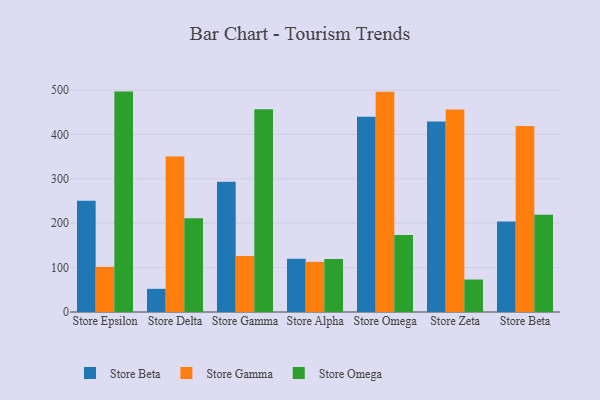
{"axis": {"x": "Store", "y": "Satisfaction Score"}, "legend": ["Store Beta", "Store Gamma", "Store Omega"], "data": [{"x": "Store Epsilon", "y": 250.5, "type": "Store Beta"}, {"x": "Store Epsilon", "y": 101.7, "type": "Store Gamma"}, {"x": "Store Epsilon", "y": 496.4, "type": "Store Omega"}, {"x": "Store Delta", "y": 52.2, "type": "Store Beta"}, {"x": "Store Delta", "y": 350.3, "type": "Store Gamma"}, {"x": "Store Delta", "y": 211.2, "type": "Store Omega"}, {"x": "Store Gamma", "y": 293.1, "type": "Store Beta"}, {"x": "Store Gamma", "y": 125.9, "type": "Store Gamma"}, {"x": "Store Gamma", "y": 456.4, "type": "Store Omega"}, {"x": "Store Alpha", "y": 120.2, "type": "Store Beta"}, {"x": "Store Alpha", "y": 113.0, "type": "Store Gamma"}, {"x": "Store Alpha", "y": 119.5, "type": "Store Omega"}, {"x": "Store Omega", "y": 439.8, "type": "Store Beta"}, {"x": "Store Omega", "y": 496.1, "type": "Store Gamma"}, {"x": "Store Omega", "y": 173.4, "type": "Store Omega"}, {"x": "Store Zeta", "y": 429.3, "type": "Store Beta"}, {"x": "Store Zeta", "y": 456.2, "type": "Store Gamma"}, {"x": "Store Zeta", "y": 73.1, "type": "Store Omega"}, {"x": "Store Beta", "y": 203.8, "type": "Store Beta"}, {"x": "Store Beta", "y": 419.0, "type": "Store Gamma"}, {"x": "Store Beta", "y": 219.2, "type": "Store Omega"}]}